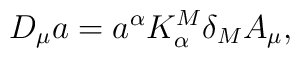
D_\mu a = a^\alpha K_\alpha^M \delta_M A_\mu,